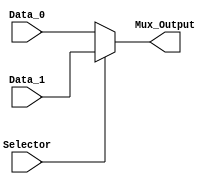
/******************************************************************
* Description
*	This is an 2 to 1 behavioral multiplexer that can be parameterized in its bit-width.
*	1.0
* Author:
*	Diego Eduardo Reyna Cruz
* Date:
*	26/06/2020
******************************************************************/
module Multiplexer2to1
#(
	parameter N_BITS = 8
)
(
	// Input Ports
	input Selector,
	input [N_BITS-1:0] Data_0,
	input [N_BITS-1:0] Data_1,
	
	// Output Ports
	output [N_BITS-1:0] Mux_Output

);


reg [N_BITS-1:0] Mux_Output_r;

always@(Selector, Data_1,Data_0) begin
	if (Selector)
		Mux_Output_r = Data_1;
	else 
		Mux_Output_r = Data_0;
end 

assign Mux_Output = Mux_Output_r;

endmodule